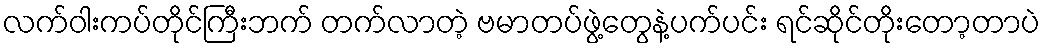
လက်ဝါးကပ်တိုင်ကြီးဘက် တက်လာတဲ့ ဗမာတပ်ဖွဲ့တွေနဲ့ပက်ပင်း ရင်ဆိုင်တိုးတော့တာပဲ